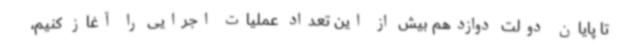
تا پایان دولت دوازدهم بیش از این تعداد عملیات اجرایی را آغاز کنیم،